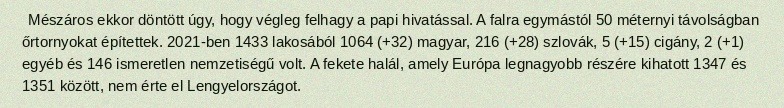
Mészáros ekkor döntött úgy, hogy végleg felhagy a papi hivatással. A falra egymástól 50 méternyi távolságban őrtornyokat építettek. 2021-ben 1433 lakosából 1064 (+32) magyar, 216 (+28) szlovák, 5 (+15) cigány, 2 (+1) egyéb és 146 ismeretlen nemzetiségű volt. A fekete halál, amely Európa legnagyobb részére kihatott 1347 és 1351 között, nem érte el Lengyelországot.